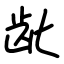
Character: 龀